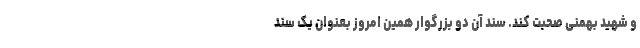
و شهید بهمنی صحبت کند. سند آن دو بزرگوار همین امروز بعنوان یک سند